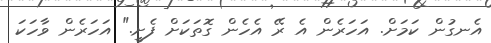
އެނގުން ކަމަށް. އަހަރެން އެ ރޭ އެހެން ގޮތަކަށް ފެށީ." އަހަރެން ވާހަކަ